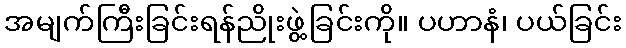
အမျက်ကြီးခြင်းရန်ညိုးဖွဲ့ခြင်းကို။ ပဟာနံ၊ ပယ်ခြင်း